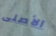
الأصلى